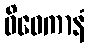
ဝိဝေကာနံ